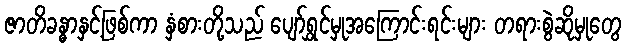
ဇာတိခန္ဓာနှင့်ဖြစ်ကာ နှံစားတို့သည် ပျော်ရွှင်မှုအကြောင်းရင်းများ တရားစွဲဆိုမှုတွေ